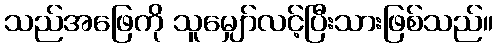
သည်အဖြေကို သူမျှော်လင့်ပြီးသားဖြစ်သည်။